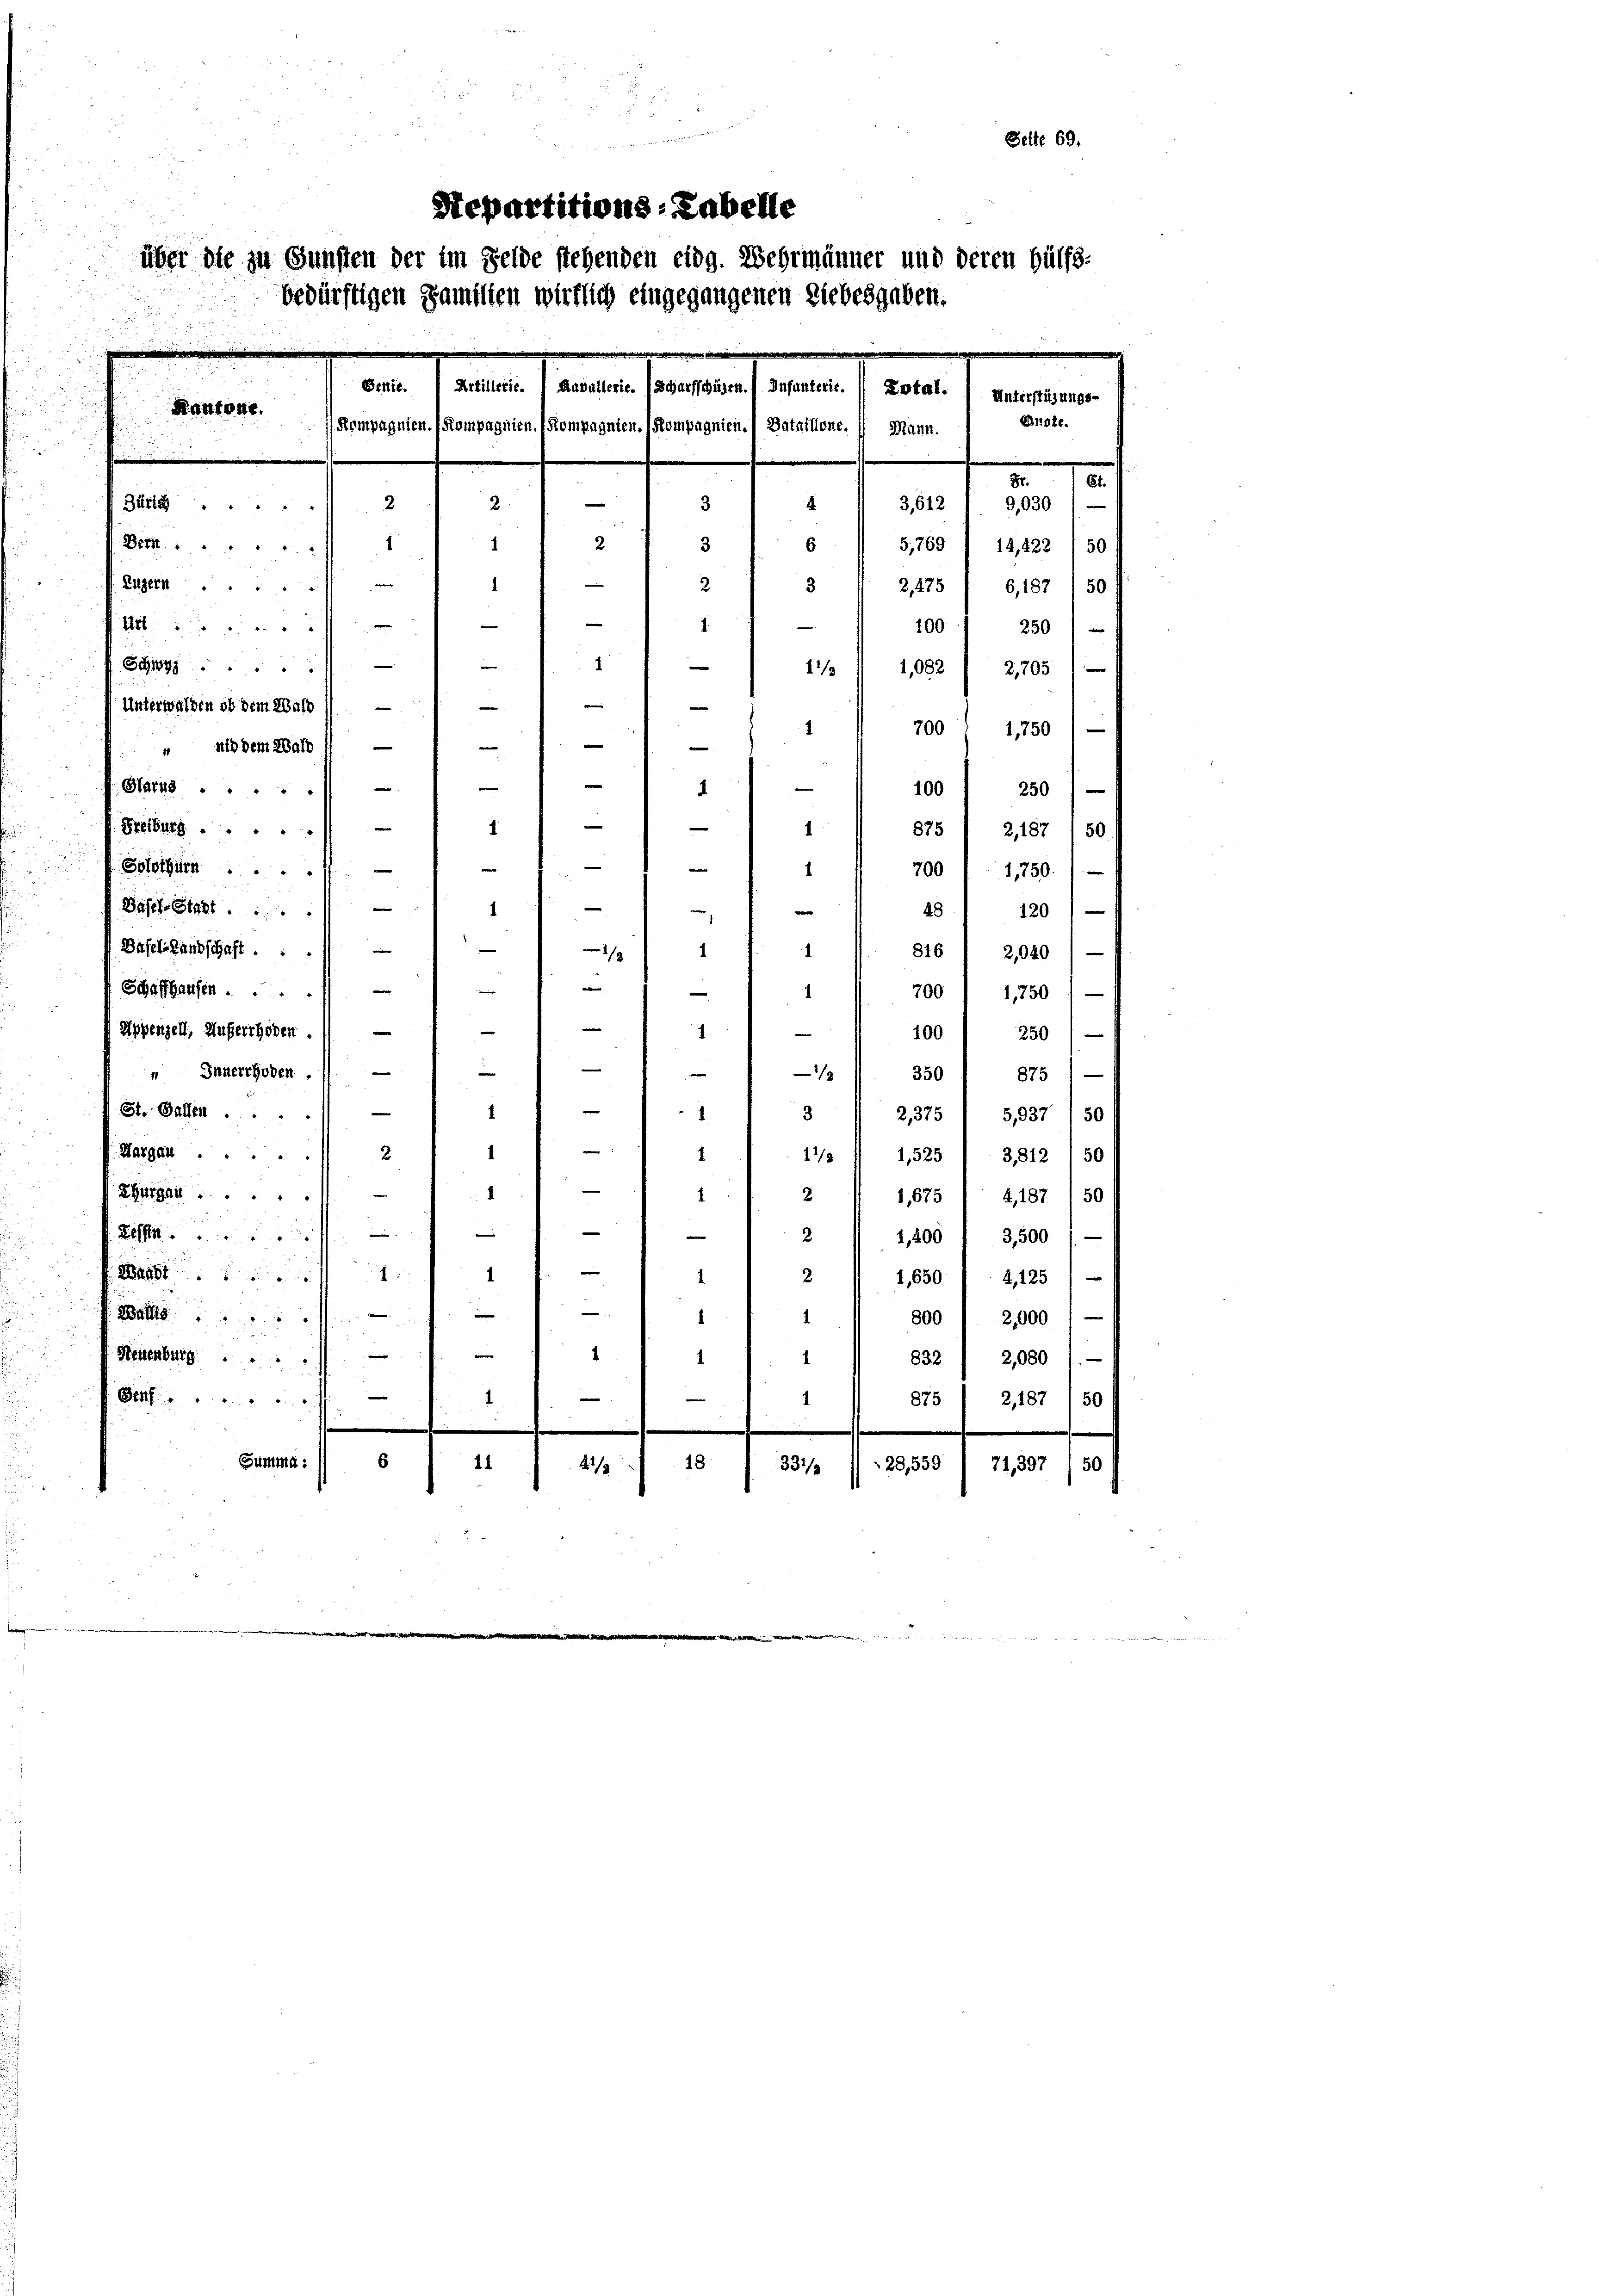
2

aus unter ein gan
Seite 69.
Separtitions-Tabelle
über die zu Gunsten der im Felde stehenden eidg. Wehrmänner und deren Hülfs-
bedürftigen Familien wirklich eingegangenen Liebesgaben.

Beute. Artillerie.  Kavallerie. Scharfschusen. Infanterie. Dotal.) unterfügungs-
Kantone.
Endte.
Kompagnien. (Kompagnien. Kompagnten. (Kompagnien. Bataillone.1) Mann.
e
2 I 3612 f 2030
2
Zürt. 2
3
1
2 f 3
1
—
Eigen
23
d
e
1
1
.
S
11/3
1,082 / 2705)
e
Unterwalden ob dem Wald 1) —
e
700
1
1,750
|
e
 nid dem Wald 1) —
e
e
e
Satis
.
100 1 250 / —
e
1
Freiburg
4
875 1 2,187 (50
e
Solothurn ...
8
700 l. 1750)
e
1
St
481 120)
—
Basel-Landschaft . . .
1
816 / 2020)
1
e
e
Schaffhausen ...
i
700) 1750
1
—
e
Appenzell, Auferrhoden.1) —
1
e

100) 250
e
 Innerrhoden.
1 - 1. 350 1 875)
|
—
.
.
St. Gallen
3  2375 1 3937 (50
¬
Margau.
1
14 I 1525 / 3,812 1 50
2
1
Thurgau
11 2/ 1675 / 4187/50
1
4
2 I 1200 " 3500 1
1

1
2
1,650 / 4125)
n
 Watt
800 1 2000 l —
1
e
d
Neuenburg.
832 / 2080 1
1.
Setter in der an
n
—
875 1 2,187 150
1
.
Summa.
18
.
28,559
74,397 (50
21/3 18 f 331

.
a
e
6 / 5,769) 14,222 (50
2,275) 6,187 1 50

100) 250)